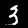
Label: 3